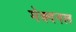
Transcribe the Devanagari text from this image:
मेक्दनल